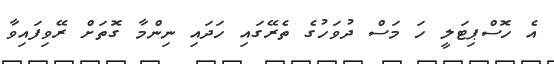
އެ ހޮސްޕިޓަލީ ހަ މަސް ދުވަހުގެ ތެރޭގައި ހަދައި ނިންމާ ގޮތަށް ރޭވިފައިވާ